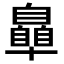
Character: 𮍞